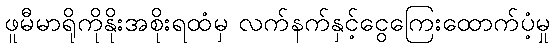
ဖူမီမာရိုကိုနိုးအစိုးရထံမှ လက်နက်နှင့်ငွေကြေးထောက်ပံ့မှု